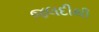
જલદીથી